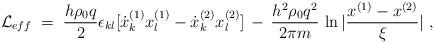
LaTeX: \begin{align*}{\mathcal L}_{eff}\;=\; \frac{h \rho_0 q}{2} \epsilon_{kl}[\dot{x}^{(1)}_k x^{(1)}_l - \dot{x}^{(2)}_k x^{(2)}_l]\,-\,\frac{h^2\rho_0 q^2}{2\pi m}\, \ln | \frac{x^{(1)} - x^{(2)}}{\xi} | \;,\end{align*}